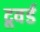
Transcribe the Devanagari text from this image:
टूवर्ड